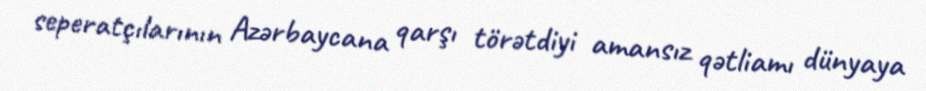
seperatçılarının Azərbaycana qarşı törətdiyi amansız qətliamı dünyaya